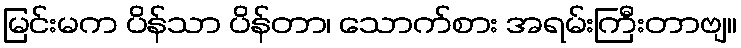
မြင်းမက ပိန်သာ ပိန်တာ၊ သောက်စား အရမ်းကြီးတာဗျ။